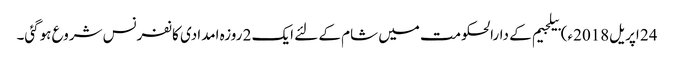
24 اپریل2018ء) بیلجیم کے دارالحکومت میں شام کے لئے ایک 2 روزہ امدادی کانفرنس شروع ہوگئی۔